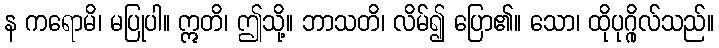
န ကရောမိ၊ မပြုပါ။ ဣတိ၊ ဤသို့။ ဘာသတိ၊ လိမ်၍ ပြော၏။ သော၊ ထိုပုဂ္ဂိုလ်သည်။